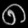
Digit: ၈